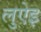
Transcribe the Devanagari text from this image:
लुऐइ